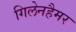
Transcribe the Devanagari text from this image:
गिलेनहैमर